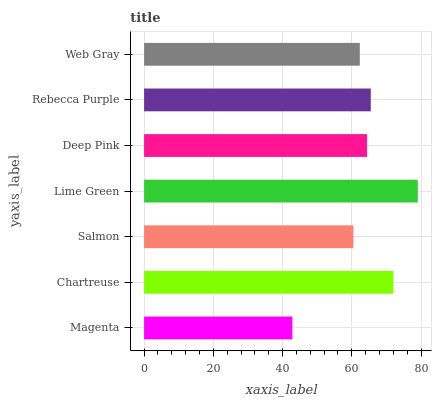
| yaxis_label | bars |
 | --- | --- |
 | Magenta | 42.8 |
 | Chartreuse | 72 |
 | Salmon | 60.5 |
 | Lime Green | 79.1 |
 | Deep Pink | 64.4 |
 | Rebecca Purple | 65.5 |
 | Web Gray | 62.3 |